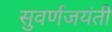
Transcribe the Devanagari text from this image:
सुवर्णजयंती